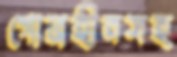
গোত্রহীনসহ